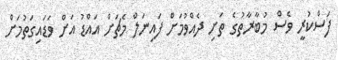
ފަސްކުރީ ވެސް މުބާރާތުގެ ތަށި ދެއްވުމަށް ފައިނަލް މެޗަށް އައްޑު އަށް ވަޑައިގަތުމަށް